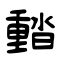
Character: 濌